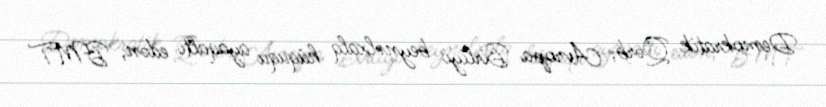
Demokratik Qərb, Avropa Birliyi beynəlxalq hüququ ayaqaltı edən, BMT